Annual statistical returns and brief notes on vaccination in Bengal - 1896-1909
Year: 1896
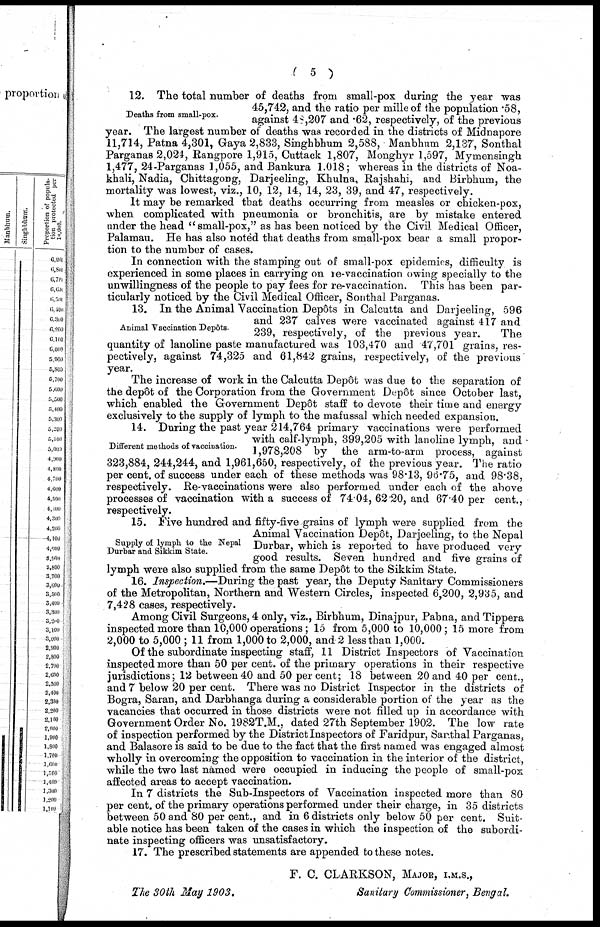
(5)
Deaths from small-pox.
12. The total number of deaths from small-pox during the year was
45,742, and the ratio per mille of the population .58,
against 48,207 and .62, respectively, of the previous
year. The largest number of deaths was recorded in the districts of Midnapore
11,714, Patna 4,301, Gaya 2,833, Singhbhum 2,588, Manbhum 2,137, Sonthal
Parganas 2,024, Rangpore 1,915, Cuttack 1,807, Monghyr 1,597, Mymensingh
1,477, 24-Parganas 1,055, and Bankura 1.018; whereas in the districts of Noa-
khali, Nadia, Chittagong, Darjeeling, Khulna, Rajshahi, and Birbhum, the
mortality was lowest, viz., 10, 12, 14, 14, 23, 39, and 47, respectively.
It may be remarked that deaths occurring from measles or chicken-pox,
when complicated with pneumonia or bronchitis, are by mistake entered
under the head "small-pox," as has been noticed by the Civil Medical Officer,
Palamau. He has also noted that deaths from small-pox bear a small propor-
tion to the number of cases.
In connection with the stamping out of small-pox epidemics, difficulty is
experienced in some places in carrying on re-vaccination owing specially to the
unwillingness of the people to pay fees for re-vaccination. This has been par-
ticularly noticed by the Civil Medical Officer, Sonthal Parganas.
Animal Vaccination Depôts.
13. In the Animal Vaccination Depôts in Calcutta and Darjeeling, 596
and 237 calves were vaccinated against 417 and
239, respectively, of the previous year.
The
quantity of lanoline paste manufactured was 103,470 and 47,701 grains, res-
pectively, against 74,325 and 61,842 grains, respectively, of the previous
year.
The increase of work in the Calcutta Depôt was due to the separation of
the dep6t of the Corporation from the Government Depôt since October last,
which enabled the Government Depôt staff to devote their time and energy
exclusively to the supply of lymph to the mafussal which needed expansion.
Different methods of vaccination.
14. During the past year 214,764 primary vaccinations were performed
with calf-lymph, 399,205 with lanoline lymph, and
1,978,208 by the arm-to-arm process, against
323,884, 244,244, and 1,961,650, respectively, of the previous year. The ratio
per cent. of success under each of these methods was 98.13, 96.75, and 98.38,
respectively. Re-vaccinations were also performed under each of the above
processes of vaccination with a success of 74.04, 62.20, and 67.40 per cent.,
respectively.
Supply of lymph to the Nepal
Durbar and Sikkim State.
15. Five hundred and fifty-five grains of lymph were supplied from the
Animal Vaccination Depôt, Darjeeling, to the Nepal
Durbar, which is reported to have produced very
good results. Seven hundred and five grains of
lymph were also supplied from the same Depôt to the Sikkim State.
16. Inspection.—During the past year, the Deputy Sanitary Commissioners
of the Metropolitan, Northern and Western Circles, inspected 6,200, 2,935, and
7,428 cases, respectively.
Among Civil Surgeons, 4 only, viz., Birbhum, Dinajpur, Pabna, and Tippera
inspected more than 10,000 operations; 15 from 5,000 to 10,000; 15 more from
2,000 to 5,000 ; 11 from 1,000 to 2,000, and 2 less than 1,000.
Of the subordinate inspecting staff, 11 District Inspectors of Vaccination
inspected more than 50 per cent. of the primary operations in their respective
jurisdictions; 12 between 40 and 50 per cent; 18 between 20 and 40 per cent.,
and 7 below 20 per cent. There was no District Inspector in the districts of
Bogra, Saran, and Darbhanga during a considerable portion of the year as the
vacancies that occurred in those districts were not filled up in accordance with
Government Order No. 1982T.M., dated 27th September 1902. The low rate
of inspection performed by the District Inspectors of Faridpur, Santhal Parganas,
and Balasore is said to be due to the fact that the first named was engaged almost
wholly in overcoming the opposition to vaccination in the interior of the district,
while the two last named were occupied in inducing the people of small-pox
affected areas to accept vaccination.
In 7 districts the Sub-Inspectors of Vaccination inspected more than 80
per cent. of the primary operations performed under their charge, in 35 districts
between 50 and 80 per cent., and in 6 districts only below 50 per cent. Suit-
able notice has been taken of the cases in which the inspection of the subordi-
nate inspecting officers was unsatisfactory.
17. The prescribed statements are appended to these notes.
F. C. CLARKSON, MAJOR, I.M.S.,
Sanitary Commissioner, Bengal.
The 30th May 1903.